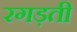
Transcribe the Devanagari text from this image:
रगड़ती